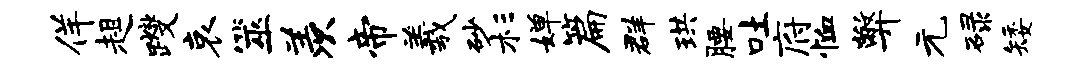
佯趄躞哀筮羡帝羲砂杉婵篇群珙腰吐府恤弊元碌矮